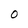
Character: o